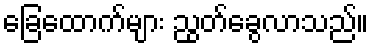
ခြေထောက်များ ညွတ်ခွေလာသည်။